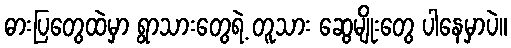
ဓားပြတွေထဲမှာ ရွာသားတွေရဲ့ တူသား ဆွေမျိုးတွေ ပါနေမှာပဲ။